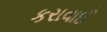
કરાવાઈ